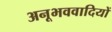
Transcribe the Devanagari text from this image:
अनूभववादियों